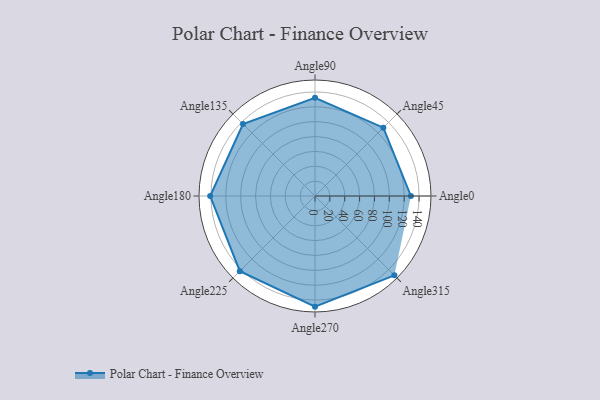
{"axis": {"x": "Angle", "y": "Radius"}, "legend": [""], "data": [{"x": "Angle0", "y": 129.0, "type": ""}, {"x": "Angle45", "y": 130.0, "type": ""}, {"x": "Angle90", "y": 132.0, "type": ""}, {"x": "Angle135", "y": 137.0, "type": ""}, {"x": "Angle180", "y": 141.0, "type": ""}, {"x": "Angle225", "y": 143.0, "type": ""}, {"x": "Angle270", "y": 149.0, "type": ""}, {"x": "Angle315", "y": 151.0, "type": ""}]}